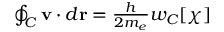
\begin{array} { r } { \oint _ { C } { \bf v } \cdot d { \bf r } = { \frac { h } { 2 m _ { e } } } w _ { C } [ \chi ] } \end{array}